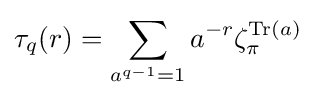
\tau _{q}(r)=\sum _{a^{q-1}=1}a^{-r}\zeta _{\pi }^{{\text{Tr}}(a)}